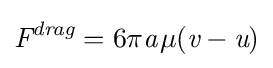
{\textit {F}}^{\textit {drag}}=6\pi {\mathit {a}}{\mathit {\mu }}({\textit {v}}-{\textit {u}})